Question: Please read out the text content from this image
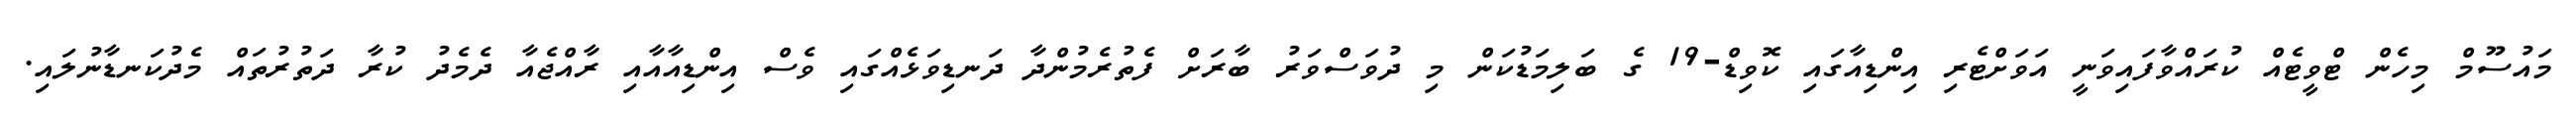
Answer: މައުސޫމް މިހެން ޓްވީޓެއް ކުރައްވާފައިވަނީ އަވަށްޓެރި އިންޑިއާގައި ކޮވިޑް-19 ގެ ބަލިމަޑުކަން މި ދުވަސްވަރު ބާރަށް ފެތުރެމުންދާ ދަނޑިވަޅެއްގައި ވެސް އިންޑިއާއާއި ރާއްޖެއާ ދެމެދު ކުރާ ދަތުރުތައް މެދުކަނޑާނުލައި.